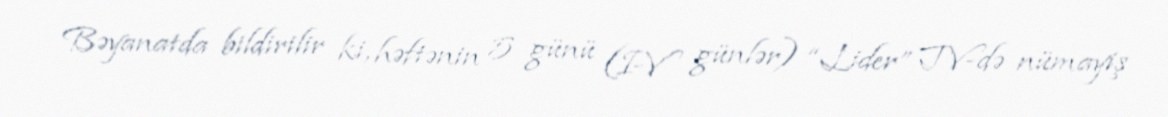
Bəyanatda bildirilir ki, həftənin 5 günü (I-V günlər) “Lider” TV-də nümayiş